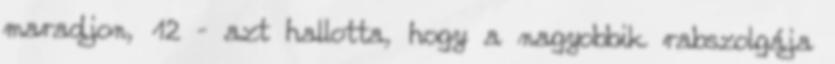
maradjon, 12 – azt hallotta, hogy a nagyobbik rabszolgája